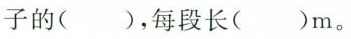
子的()，每段长()m。